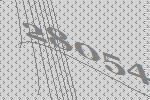
28054